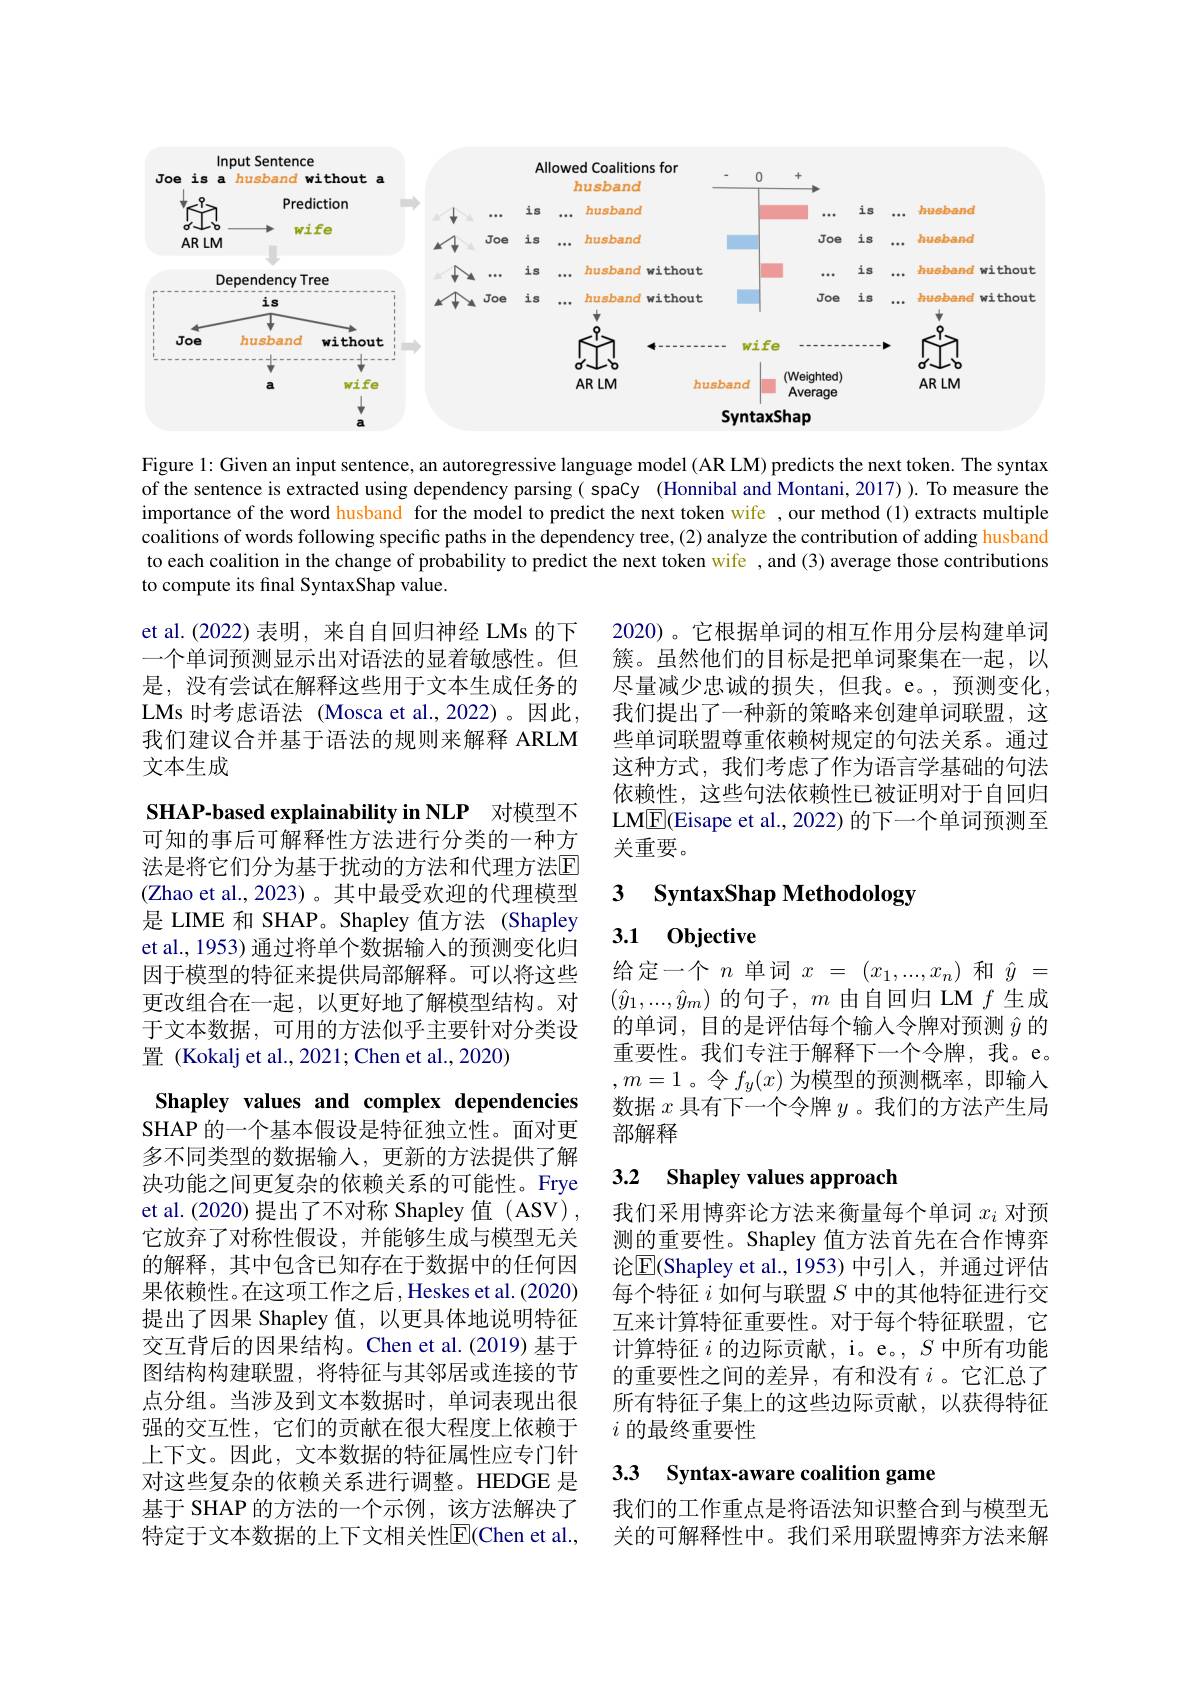
<FigureHere>

Figure 1: Given an input sentence, an autoregressive language model (AR LM) predicts the next token. The syntax of the sentence is extracted using dependency parsing( spaCy (Honnibal and Montani, 2017) ). To measure the importance of the word husband for the model to predict the next token wife , our method (1) extracts multiple coalitions of words following specific paths in the dependency tree, (2) analyze the contribution of adding husband to each coalition in the change of probability to predict the next token wife , and (3) average those contributions to compute its final SyntaxShap value.

et al.(2022)表明，来自自回归神经 LMs 的下一个单词预测显示出对语法的显着敏感性。但是，没有尝试在解释这些用于文本生成任务的LMs 时考虑语法 (Mosca et al.,2022)。因此， 我们建议合并基于语法的规则来解释 ARLM 文本生成

2020)。它根据单词的相互作用分层构建单词簇。虽然他们的目标是把单词聚集在一起，以尽量减少忠诚的损失，但我。e。,预测变化， 我们提出了一种新的策略来创建单词联盟，这些单词联盟尊重依赖树规定的句法关系。通过这种方式，我们考虑了作为语言学基础的句法依赖性，这些句法依赖性已被证明对于自回归LME(Eisape et al., 2022) 的下一个单词预测至关重要。

SHAP-based explainability in NLP 对模型不

## 3 $\textbf{SyntaxShap Methodology}$

### 3.1 $0\mathbf{b}$jective

可知的事后可解释性方法进行分类的一种方法是将它们分为基于扰动的方法和代理方法$\overline{\mathrm{E}}$ (Zhao et al., 2023)。其中最受欢迎的代理模型是 LIME 和 SHAP。Shapley 值方法 (Shapley et al., 1953) 通过将单个数据输入的预测变化归因于模型的特征来提供局部解释。可以将这些更改组合在一起，以更好地了解模型结构。对于文本数据，可用的方法似乎主要针对分类设置 (Kokalj et al., 2021; Chen et al., 2020)

给定一个$n$单词$x=(x_1,...,x_n)$和$\hat{y}=$ $(\hat{y}_1,...,\hat{y}_m)$的句子，$m$由自回归 LM $f$生成的单词，目的是评估每个输入令牌对预测$\hat{y}$的重要性。我们专注于解释下一个令牌，我。e。$,m=1$。令$f_y(x)$为模型的预测概率，即输人数据$x$具有下一个令牌$y$ 。我们的方法产生局部解释

# 3.2 Shapley values approach

我们采用博弈论方法来衡量每个单词$x_i$对预测的重要性。Shapley 值方法首先在合作博弈论$\boxed{\mathrm{E}}$(Shapley et al.,1953) 中引入，并通过评估每个特征$i$如何与联盟$S$中的其他特征进行交互来计算特征重要性。对于每个特征联盟，它计算特征$i$的边际贡献，i。e。, $S$中所有功能的重要性之间的差异，有和没有$i$ 。它汇总了所有特征子集上的这些边际贡献，以获得特征$i$的最终重要性

Shapley values and complex dependencies SHAP 的一个基本假设是特征独立性。面对更多不同类型的数据输入，更新的方法提供了解决功能之间更复杂的依赖关系的可能性。Frye et al. (2020) 提出了不对称 Shapley 值 (ASV) , 它放弃了对称性假设，并能够生成与模型无关的解释，其中包含已知存在于数据中的任何因果依赖性。在这项工作之后，Heskes et al.(2020) 提出了因果 Shapley 值，以更具体地说明特征交互背后的因果结构。Chen et al.(2019) 基于图结构构建联盟，将特征与其邻居或连接的节点分组。当涉及到文本数据时，单词表现出很强的交互性，它们的贡献在很大程度上依赖于上下文。因此，文本数据的特征属性应专门针对这些复杂的依赖关系进行调整。HEDGE 是基于 SHAP 的方法的一个示例，该方法解决了特定于文本数据的上下文相关性$\overline{\mathrm{E}}($Chen et al.,

3.3 Syntax-aware coalition game

我们的工作重点是将语法知识整合到与模型无关的可解释性中。我们采用联盟博弈方法来解